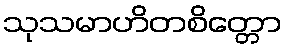
သုသမာဟိတစိတ္တော